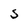
Character: S